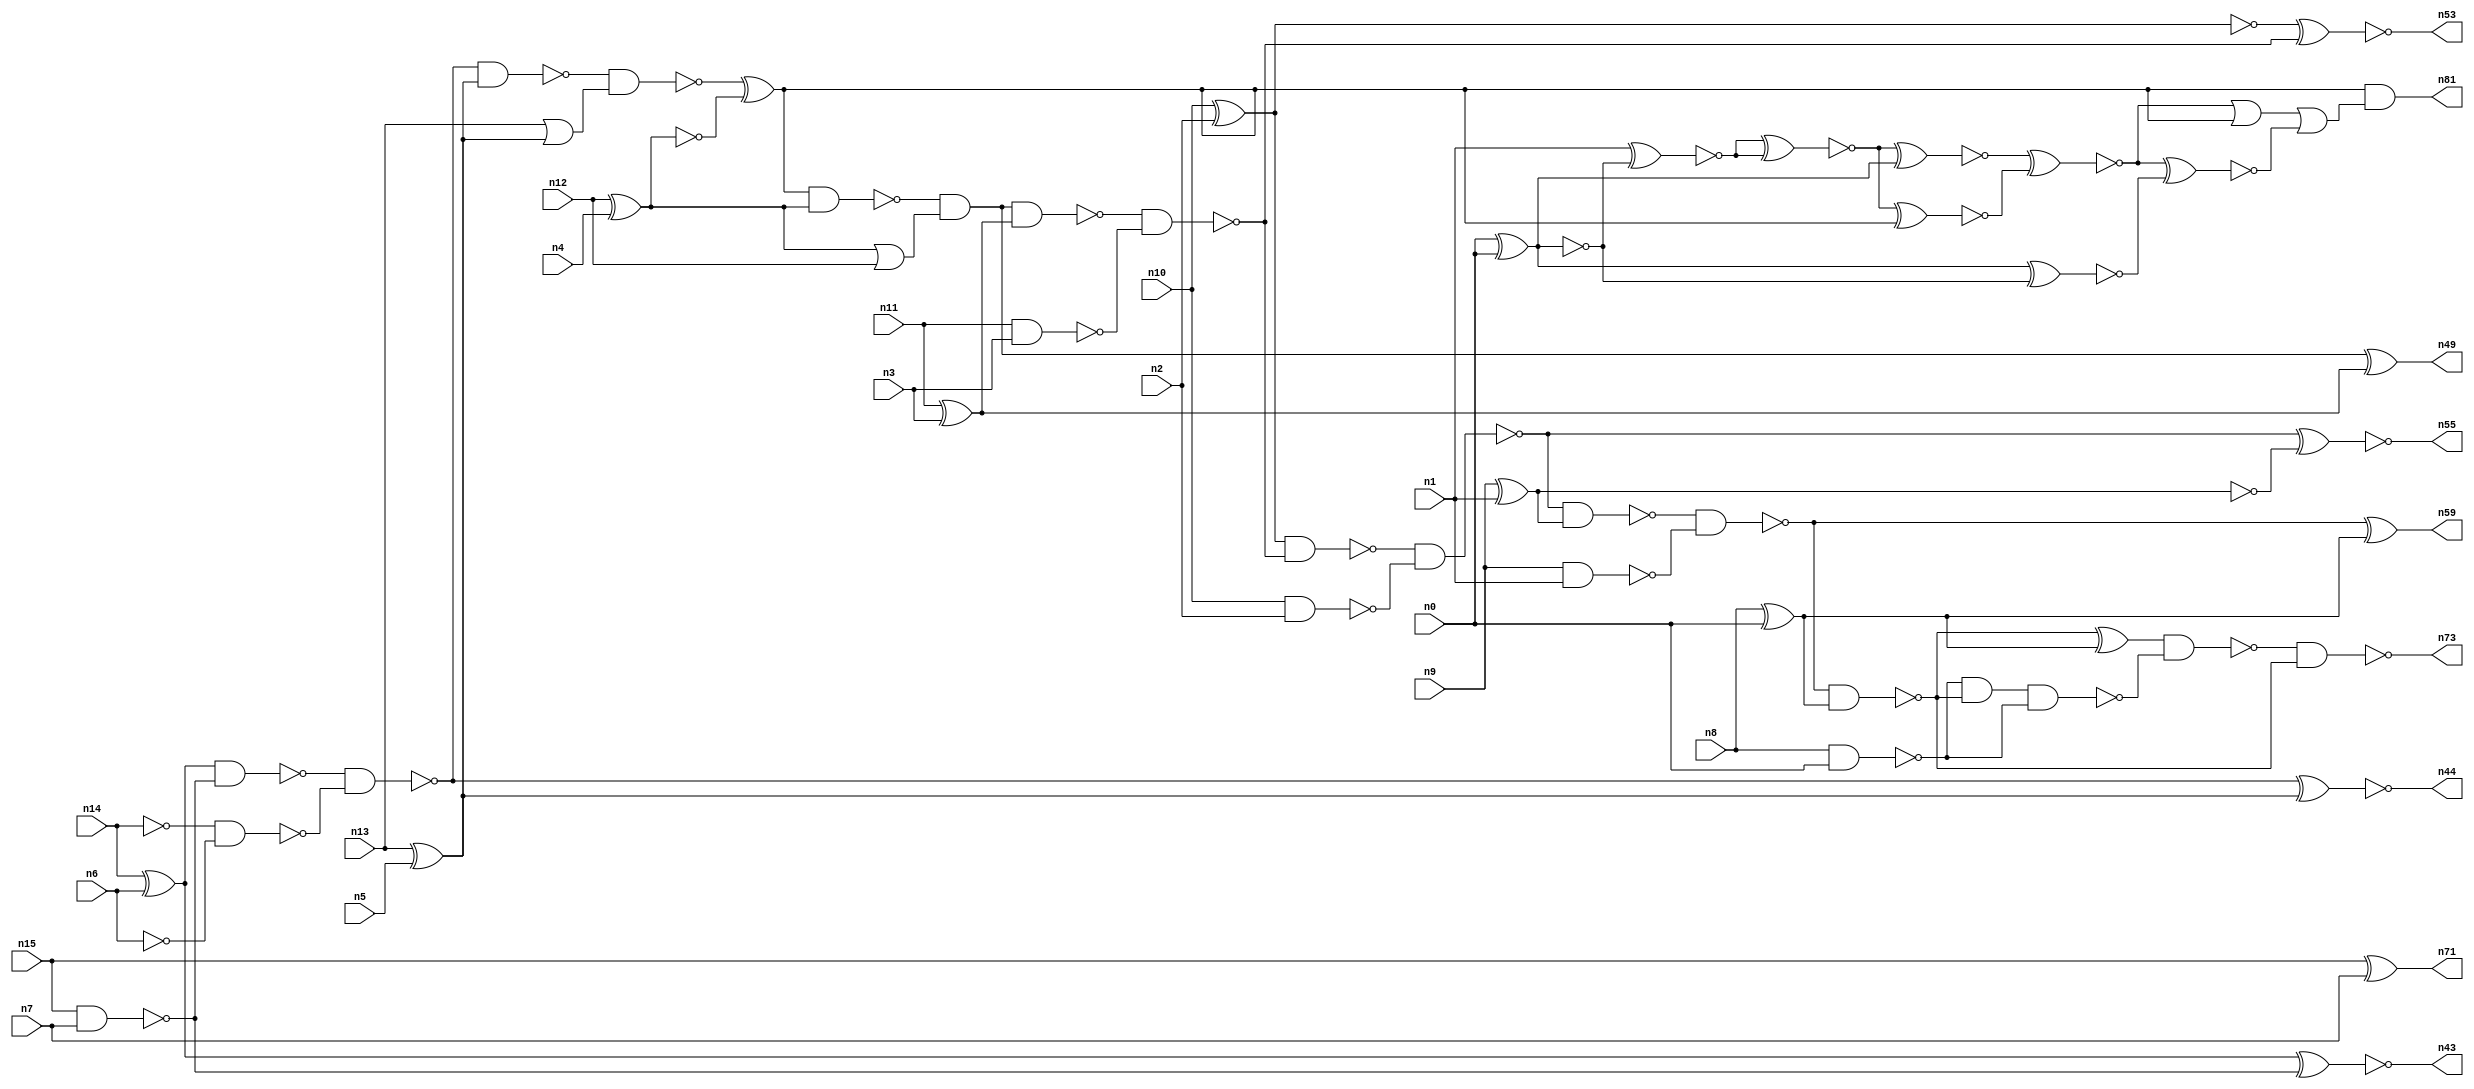
// This file contains a pareto-optimal circuit with respect to pdp and the fault-resilince parameter p_fault which is defined as:
// "For all input vectors, the ratio of the no. of faults observable at the POs to the no. of total possible faults in the circuit".
// This code is part of the ReCkt library (https://github.com/umar-afzaal/ReCkt) distributed under The MIT License.
// When used, please cite the following article(s):
// U. Afzaal, A.S. Hassan, M. Usman and J.A. Lee, "On the Evolutionary Synthesis of Increased Fault-resilience Arithmetic Circuits".

// p_fault = 68.8 %    (Lower is better)
// gates = 63.0
// levels = 19
// area = 86.87    (For MCNC library relative to nand2)
// power = 399.9 uW    (Berkely-SIS for MCNC library @ Vdd=5V and 20 MHz clock)
// delay = 22.6 ns    (Berkely-ABC for MCNC library)
// PDP = 9.03774e-12 J

// Pin mapping:
// {n0, n1, n2, n3, n4, n5, n6, n7} = A[7:0]
// {n8, n9, n10, n11, n12, n13, n14, n15} = B[7:0]
// {n73, n59, n55, n53, n49, n81, n44, n43, n71} = O[8:0]

module addr8u_pdp_15 (
n0, n1, n2, n3, n4, n5, n6, n7, n8, n9, n10, n11, n12, n13, n14, n15, 
n73, n59, n55, n53, n49, n81, n44, n43, n71
);

input n0, n1, n2, n3, n4, n5, n6, n7, n8, n9, n10, n11, n12, n13, n14, n15;
output n73, n59, n55, n53, n49, n81, n44, n43, n71;
wire n30, n24, n52, n61, n46, n63, n68, n69, n75, n18, n74, n60, n17, n65, n42, n51, n45, n78, n36, n47, 
n20, n37, n56, n23, n16, n40, n48, n62, n66, n21, n25, n41, n54, n67, n27, n33, n28, n58, n22, n38, 
n39, n57, n31, n70, n19, n34, n32, n76, n26, n50, n29, n64, n72, n35;

xor (n16, n14, n6);
nand (n17, n10, n2);
nand (n18, n15, n7);
xor (n19, n13, n5);
nand (n20, n9, n1);
xor (n21, n8, n0);
nand (n22, n14, n14);
xor (n23, n11, n3);
xnor (n24, n15, n7);
xor (n25, n10, n2);
or (n26, n13, n19);
xor (n27, n12, n4);
nand (n28, n8, n0);
nand (n29, n11, n3);
nand (n30, n6, n6);
xnor (n31, n9, n1);
or (n32, n27, n12);
nand (n33, n27, n27);
nand (n34, n16, n18);
and (n35, n19, n19);
nand (n36, n22, n30);
nand (n37, n25, n25);
nand (n38, n31, n31);
nand (n39, n38, n38);
and (n40, n16, n16);
nand (n41, n34, n36);
nand (n42, n41, n19);
xnor (n43, n40, n18);
xnor (n44, n41, n35);
nand (n45, n42, n26);
xor (n46, n45, n33);
nand (n47, n46, n27);
and (n48, n47, n32);
xor (n49, n48, n23);
nand (n50, n48, n23);
nand (n51, n50, n29);
nand (n52, n25, n51);
xnor (n53, n37, n51);
nand (n54, n52, n17);
xnor (n55, n54, n39);
nand (n56, n54, n38);
nand (n57, n56, n20);
nand (n58, n57, n21);
xor (n59, n57, n21);
and (n60, n28, n58);
xor (n61, n0, n0);
xnor (n62, n0, n0);
xnor (n63, n1, n62);
nand (n64, n60, n28);
xnor (n65, n63, n63);
xor (n66, n58, n21);
xnor (n67, n65, n61);
xnor (n68, n61, n62);
xnor (n69, n65, n46);
nand (n70, n66, n64);
nand (n71, n24, n24);
xnor (n72, n67, n69);
nand (n73, n70, n58);
xnor (n74, n69, n67);
or (n75, n72, n46);
xnor (n76, n74, n68);
or (n78, n75, n76);
and (n81, n46, n78);

endmodule